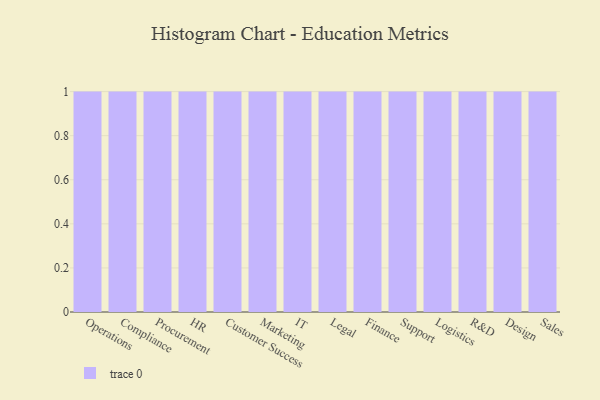
{"axis": {"x": "Department", "y": "Budget (USD K)"}, "legend": [""], "data": [{"x": "Operations", "y": 97, "type": ""}, {"x": "Compliance", "y": 60, "type": ""}, {"x": "Procurement", "y": 81, "type": ""}, {"x": "HR", "y": 64, "type": ""}, {"x": "Customer Success", "y": 76, "type": ""}, {"x": "Marketing", "y": 90, "type": ""}, {"x": "IT", "y": 34, "type": ""}, {"x": "Legal", "y": 98, "type": ""}, {"x": "Finance", "y": 68, "type": ""}, {"x": "Support", "y": 40, "type": ""}, {"x": "Logistics", "y": 28, "type": ""}, {"x": "R&D", "y": 83, "type": ""}, {"x": "Design", "y": 68, "type": ""}, {"x": "Sales", "y": 90, "type": ""}]}